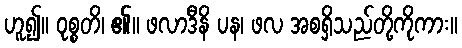
ဟူ၍။ ဝုစ္စတိ၊ ၏။ ဖလာဒီနိ ပန၊ ဖလ အစရှိသည်တို့ကိုကား။